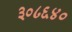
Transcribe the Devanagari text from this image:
३०८६४०